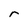
Character: r